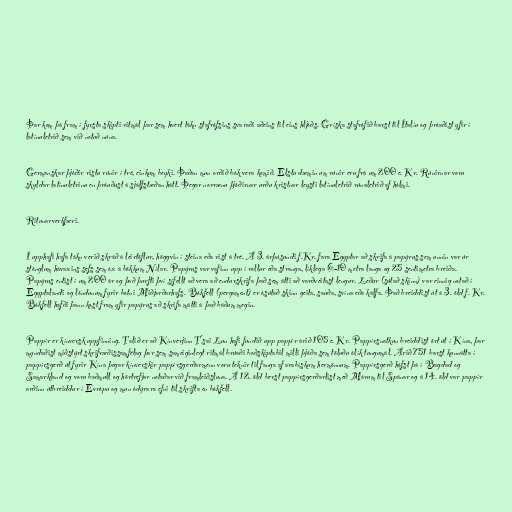
Þar kom þá fram í fyrsta skipti ritmál þar sem hvert tákn stafrófsins svaraði aðeins til eins hljóðs. Gríska stafrófið barst til Ítalíu og þróaðist yfir í
latínuletrið sem við notuð núna.

Germanskar þjóðir ristu rúnir í tré, einkum beyki. Þaðan mun orðið bók vera komið. Elstu dæmin um rúnir eru frá um 200 e. Kr. Rúnirnar voru
skyldar latínuletrinu en þróuðust á sjálfstæðan hátt. Þegar norrænu þjóðirnar urðu kristnar leysti latínuletrið rúnaletrið af hólmi.

Ritunarverkfæri.

Í upphafi hafa tákn verið skráð á leirtöflur, höggvin í steina eða rist á tré. Á 3. árþúsundi f.Kr. fara Egyptar að skrifa á papýrus sem unnin var úr
stönglum hávaxins sefs sem óx á bökkum Nílar. Papýrus var vafinn upp í rollur eða stranga, líklega 6-10 metra langa og 25 sentimetra breiða.
Papýrus entist í um 200 ár og það þurfti því sífellt að vera að endurskrifa það sem átti að varðveitast lengur. Leður (sútað skinn) var einnig notað í
Egyptalandi og löndunum fyrir botni Miðjarðarhafs. Bókfell (pergament) er ósútað skinn geita, sauða, svína eða kálfa. Það breiddist út á 3. öld f. Kr.
Bókfell hafði þann kost fram yfir papýrus að skrifa mátti á það báðum megin.

Pappír er kínversk uppfinning. Talið er að Kínverjinn T'sai Lun hafi fundið upp pappír árið 105 e. Kr. Pappírsnotkun breiddist ört út í Kína, þar
myndaðist miðstýrt skrifræðissamfélag þar sem sameiginlegt ritmál brúaði boðskiptabil milli þjóða sem töluðu ólík tungumál. Árið 751 barst kunnátta í
pappírsgerð út fyrir Kína þegar kínverskir pappírsgerðarmenn voru teknir til fanga af arabískum hermönnum. Pappírsgerð hófst þá í Bagdad og
Samarkland og voru baðmull og hörtrefjar notaðar við framleiðsluna. Á 12. öld berst pappírsgerðarlist með Márum til Spánar og á 14. öld var pappír
orðinn útbreiddur í Evrópu og mun ódýrara efni til skrifta en bókfell.